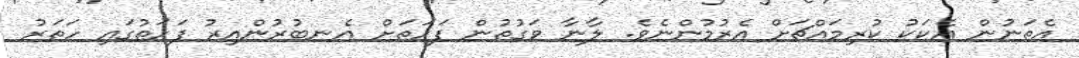
އެތަނުން އެކަކު ކުރިމައްޗަށް އެރުމުންނެވެ. ލާނާ ވަގުތުން ފަހަތަށް އެނބުރުންއިރު ފަހަތުގައި ހަތަރު